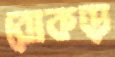
রোকড়